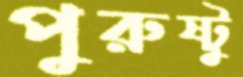
পুরুষ্টু